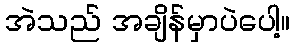
အဲသည် အချိန်မှာပဲပေါ့။